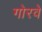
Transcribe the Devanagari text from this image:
गोरवे